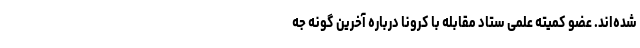
شده‌اند. عضو کمیته علمی ستاد مقابله با کرونا درباره آخرین گونه جه